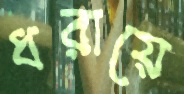
ধরায়ে